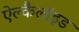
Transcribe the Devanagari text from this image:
ऐल्कैलॉइड